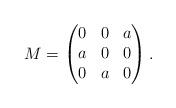
LaTeX: \begin{align*}M=\begin{pmatrix}0 & 0 & a \\a & 0 & 0 \\0 & a & 0\end{pmatrix}.\end{align*}